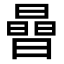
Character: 𪱈